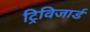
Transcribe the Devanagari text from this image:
ट्रिविजार्ड